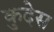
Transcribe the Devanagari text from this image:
कुदेस